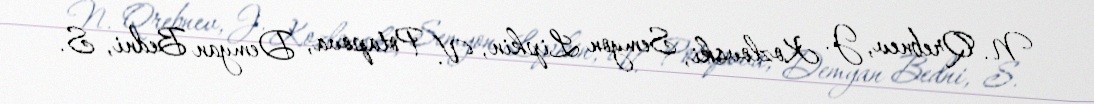
N. Qrebnev, J. Kozlovski, Semyon Lipkin, V. Potapova, Demyan Bedni, S.